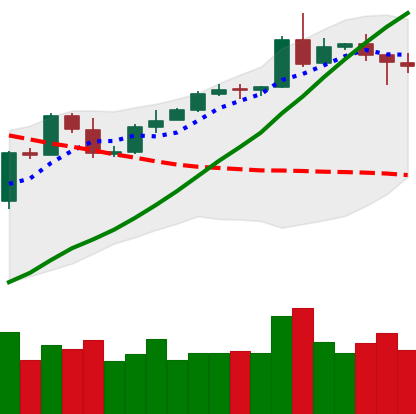
Ticker: ETH-USD
Chart end date: 2020-05-05
Forward return: -8.79%
Label: down_7plus